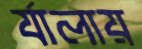
র‍্যালায়